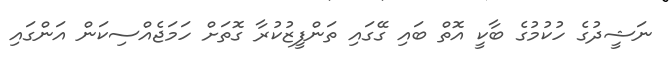
ނަޝީދުގެ ހުކުމުގެ ބާކީ އޮތް ބައި ގޭގައި ތަންފީޒުކުރާ ގޮތަށް ހަމަޖެއްސިކަން އަންގައި